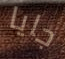
جايا